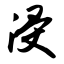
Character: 浸